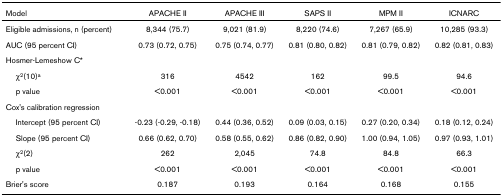
| Model | APACHE II | APACHE III | SAPS II | MPM II | ICNARC |
 | --- | --- | --- | --- | --- | --- |
 | Eligible admissions, n (percent) | 8,344 (75.7) | 9,021 (81.9) | 8,220 (74.6) | 7,267 (65.9) | 10,285 (93.3) |
 | AUC (95 percent CI) | 0.73 (0.72, 0.75) | 0.75 (0.74, 0.77) | 0.81 (0.80, 0.82) | 0.81 (0.79, 0.82) | 0.82 (0.81, 0.83) |
 | Hosmer-Lemeshow C* |  |  |  |  |  |
 | χ2(10)a | 316 | 4542 | 162 | 99.5 | 94.6 |
 | p value | <0.001 | <0.001 | <0.001 | <0.001 | <0.001 |
 | Cox's calibration regression |  |  |  |  |  |
 | Intercept (95 percent CI) | -0.23 (-0.29, -0.18) | 0.44 (0.36, 0.52) | 0.09 (0.03, 0.15) | 0.27 (0.20, 0.34) | 0.18 (0.12, 0.24) |
 | Slope (95 percent CI) | 0.66 (0.62, 0.70) | 0.58 (0.55, 0.62) | 0.86 (0.82, 0.90) | 1.00 (0.94, 1.05) | 0.97 (0.93, 1.01) |
 | χ2(2) | 262 | 2,045 | 74.8 | 84.8 | 66.3 |
 | p value | <0.001 | <0.001 | <0.001 | <0.001 | <0.001 |
 | Brier's score | 0.187 | 0.193 | 0.164 | 0.168 | 0.155 |